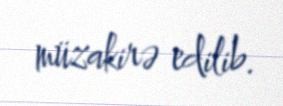
müzakirə edilib.